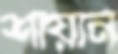
শায়ান